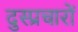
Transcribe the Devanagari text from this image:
दुस्प्रचारों